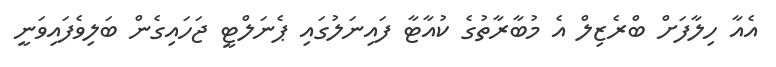
އެއާ ހިލާފަށް ބްރެޒިލް އެ މުބާރާތުގެ ކުއާޓާ ފައިނަލުގައި ޕެނަލްޓީ ޖަހައިގެން ބަލިވެފައިވަނީ